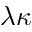
\lambda \kappa